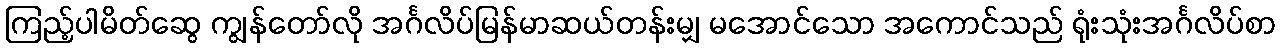
ကြည့်ပါမိတ်ဆွေ ကျွန်တော်လို အင်္ဂလိပ်မြန်မာဆယ်တန်းမျှ မအောင်သော အကောင်သည် ရုံးသုံးအင်္ဂလိပ်စာ